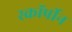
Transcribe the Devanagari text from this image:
स्कॉर्पीन